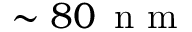
\sim 8 0 \, \mathrm { ~ n ~ m ~ }